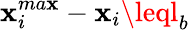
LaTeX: \mathbf{x}_{i}^{ma\mathbf{x}}-\mathbf{x}_{i}\leql_{b}